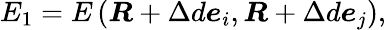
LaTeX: E_{1}=E\left(\boldsymbol{R}+\Delta d\boldsymbol{e}_{i},\boldsymbol{R}+\Delta d\boldsymbol{e}_{j}\right),